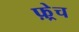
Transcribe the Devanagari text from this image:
फ़्रेच